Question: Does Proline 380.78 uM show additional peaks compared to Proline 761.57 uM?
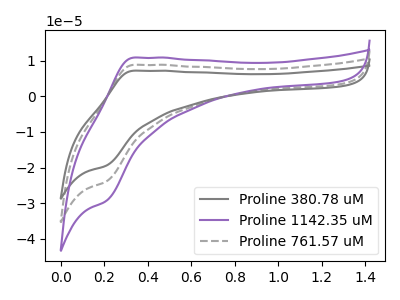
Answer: <think>The gray curve "Proline 380.78 uM" has an anodic peak at (0.35V, 7.20uA) and a cathodic peak at (0.20V, -19.50uA). The purple curve "Proline 1142.35 uM" has an anodic peak at (0.35V, 17.75uA) and a cathodic peak at (0.20V, -47.85uA). The gray dashed curve "Proline 761.57 uM" has an anodic peak at (0.35V, 8.85uA) and a cathodic peak at (0.20V, -23.95uA).
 All the peaks in "Proline 380.78 uM" have a peak in "Proline 761.57 uM" at the same potential. Every peak in "Proline 380.78 uM" is lower than every peak in "Proline 761.57 uM".</think>
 <answer>No, "Proline 380.78 uM" and "Proline 761.57 uM" don't appear to be significantly different in shape</answer>
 <eval>no_change</eval>